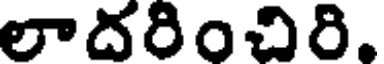
లాదరించిరి.